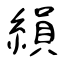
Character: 縜